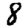
Digit: 8